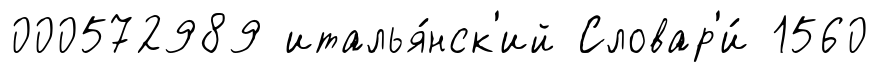
000572989 италья́нск'ий Словар'и́ 1560